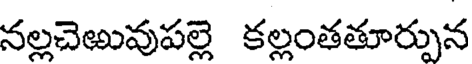
నల్లచెఱువుపల్లె కల్లంతతూర్పున